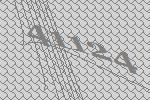
41124